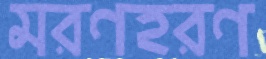
মরণহরণ